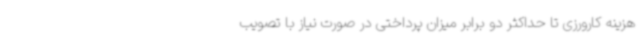
هزینه کارورزی تا حداکثر دو برابر میزان پرداختی در صورت نیاز با تصویب